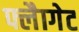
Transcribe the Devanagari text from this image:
फ्लैागेट